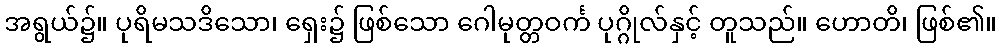
အရွယ်၌။ ပုရိမသဒိသော၊ ရှေး၌ ဖြစ်သော ဂေါမုတ္တဝင်္က ပုဂ္ဂိုလ်နှင့် တူသည်။ ဟောတိ၊ ဖြစ်၏။